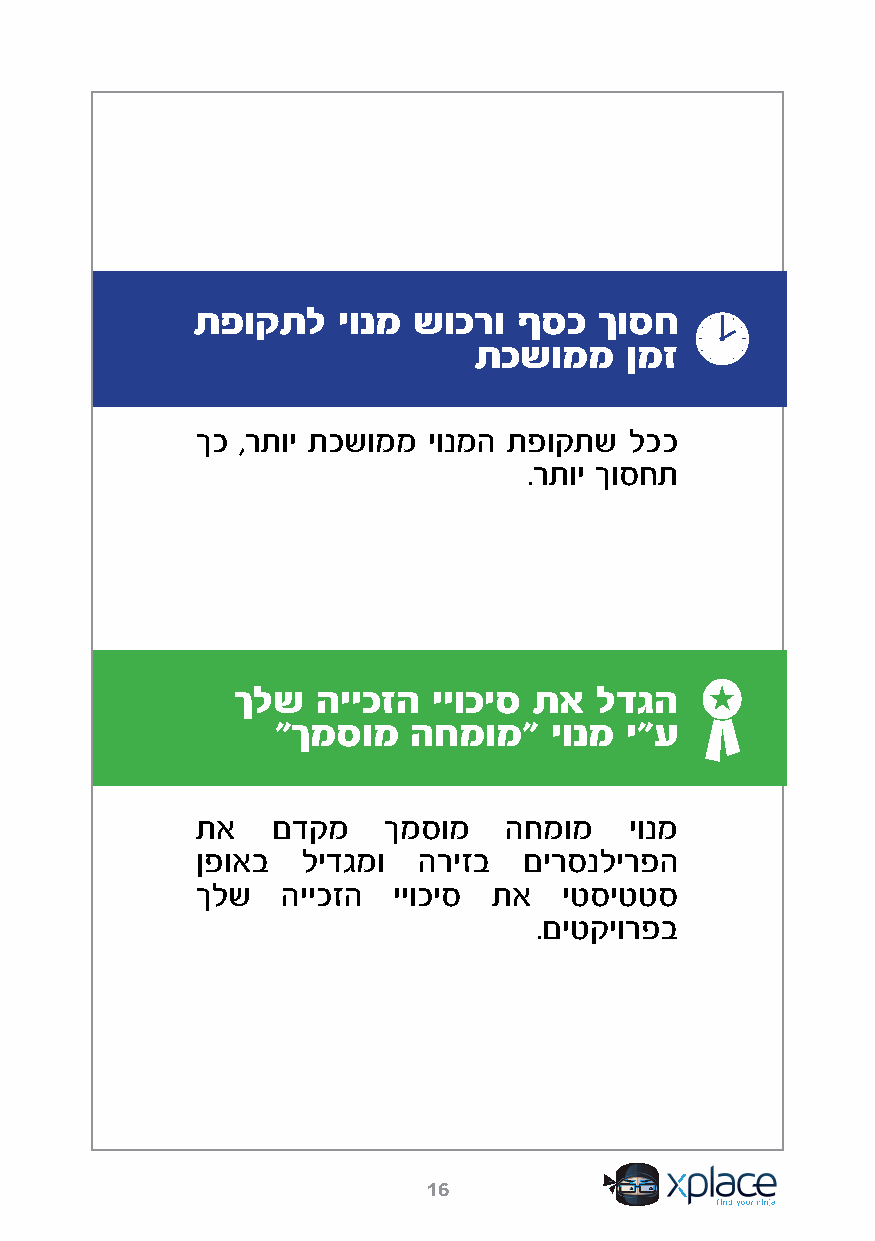
תפוקתל   יונמ שוכרו  ףסכ   ךוסח
 תכשוממ    ןמז
 ךכ ,רתוי תכשוממ יונמה תפוקתש לככ
 .רתוי ךוסחת
 ךלש  הייכזה  ייוכיס תא לדגה
 "ךמסומ   החמומ"   יונמ י"ע
 תא   םדקמ   ךמסומ   החמומ    יונמ
 ןפואב  לידגמו  הריזב  םירסנלירפה
 ךלש   הייכזה ייוכיס תא  יטסיטטס
 .םיטקיורפב
 16